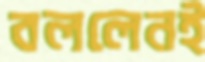
বললেনই